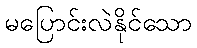
မပြောင်းလဲနိုင်သော